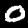
Digit: 0